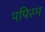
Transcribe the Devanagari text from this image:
पपिस्म